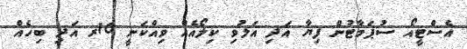
އެސްޓީއޯ ސުޕަމާޓުން ފިޔާ އަދި އަލުވި ކިލޯއެއް ވިއްކަނީ 10ރ އަދި ބިހެއް